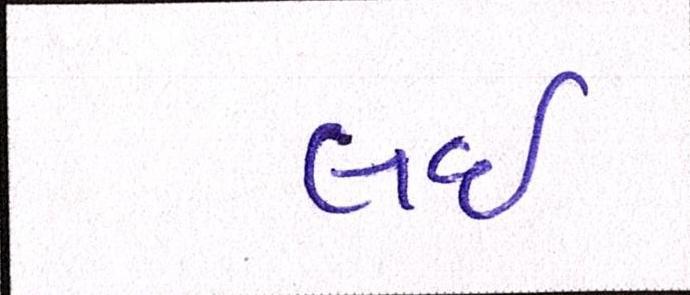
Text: લઇ